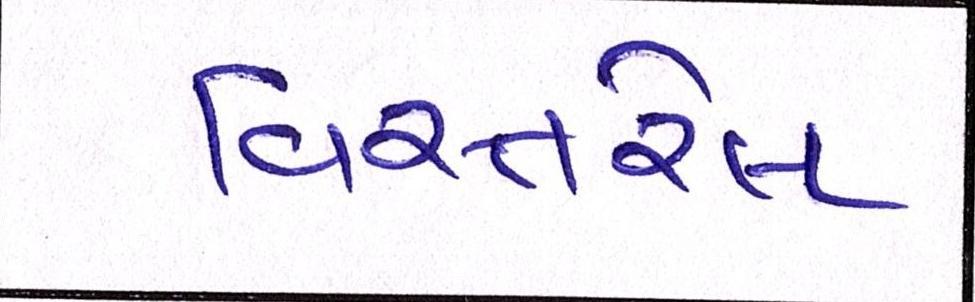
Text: વિસ્તરેલ